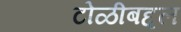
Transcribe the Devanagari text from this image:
टोळीबद्दल